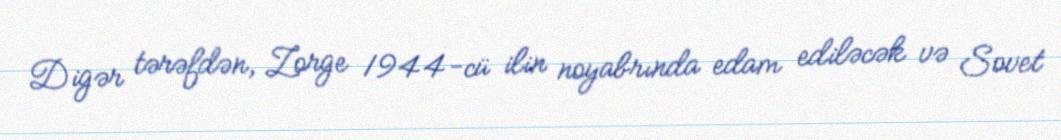
Digər tərəfdən, Zorge 1944-cü ilin noyabrında edam ediləcək və Sovet